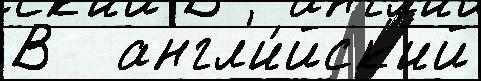
В   англ'и́йск'ий